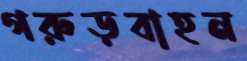
গরুড়বাহন